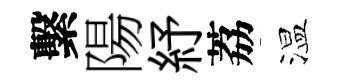
繫陽紓荔温